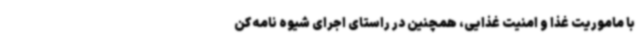
با ماموریت غذا و امنیت غذایی، همچنین در راستای اجرای شیوه نامه کن